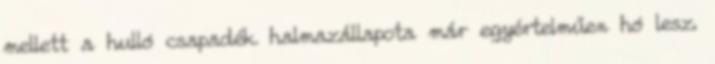
mellett a hulló csapadék halmazállapota már egyértelműen hó lesz.